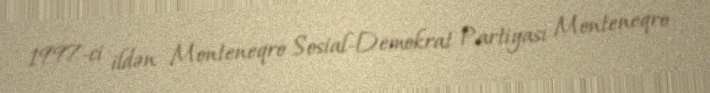
1997-ci ildən Monteneqro Sosial-Demokrat Partiyası Monteneqro